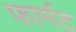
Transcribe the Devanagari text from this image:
फार्मट